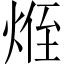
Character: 𪸽